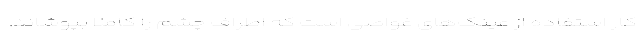
کار استفاده از عینک‌های غواصی است که اطراف چشم را کاملاً بپوشاند.